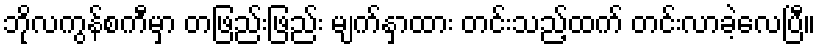
ဘိုလကွန်စကီမှာ တဖြည်းဖြည်း မျက်နှာထား တင်းသည့်ထက် တင်းလာခဲ့လေပြီ။